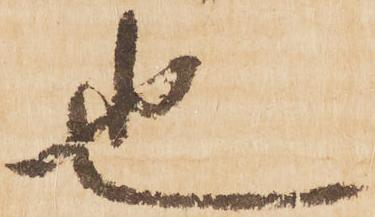
也